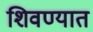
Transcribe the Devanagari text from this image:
शिवण्यात